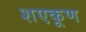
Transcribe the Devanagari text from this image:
शएकूण